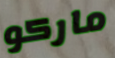
ماركو